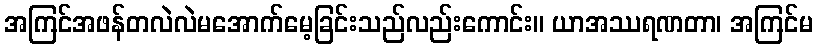
အကြင်အဖန်တလဲလဲမအောက်မေ့ခြင်းသည်လည်းကောင်း။ ယာအဿရဏတာ၊ အကြင်မ